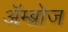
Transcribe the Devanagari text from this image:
अॅम्ब्रोज